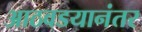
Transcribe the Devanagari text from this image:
आठवडयानंतर